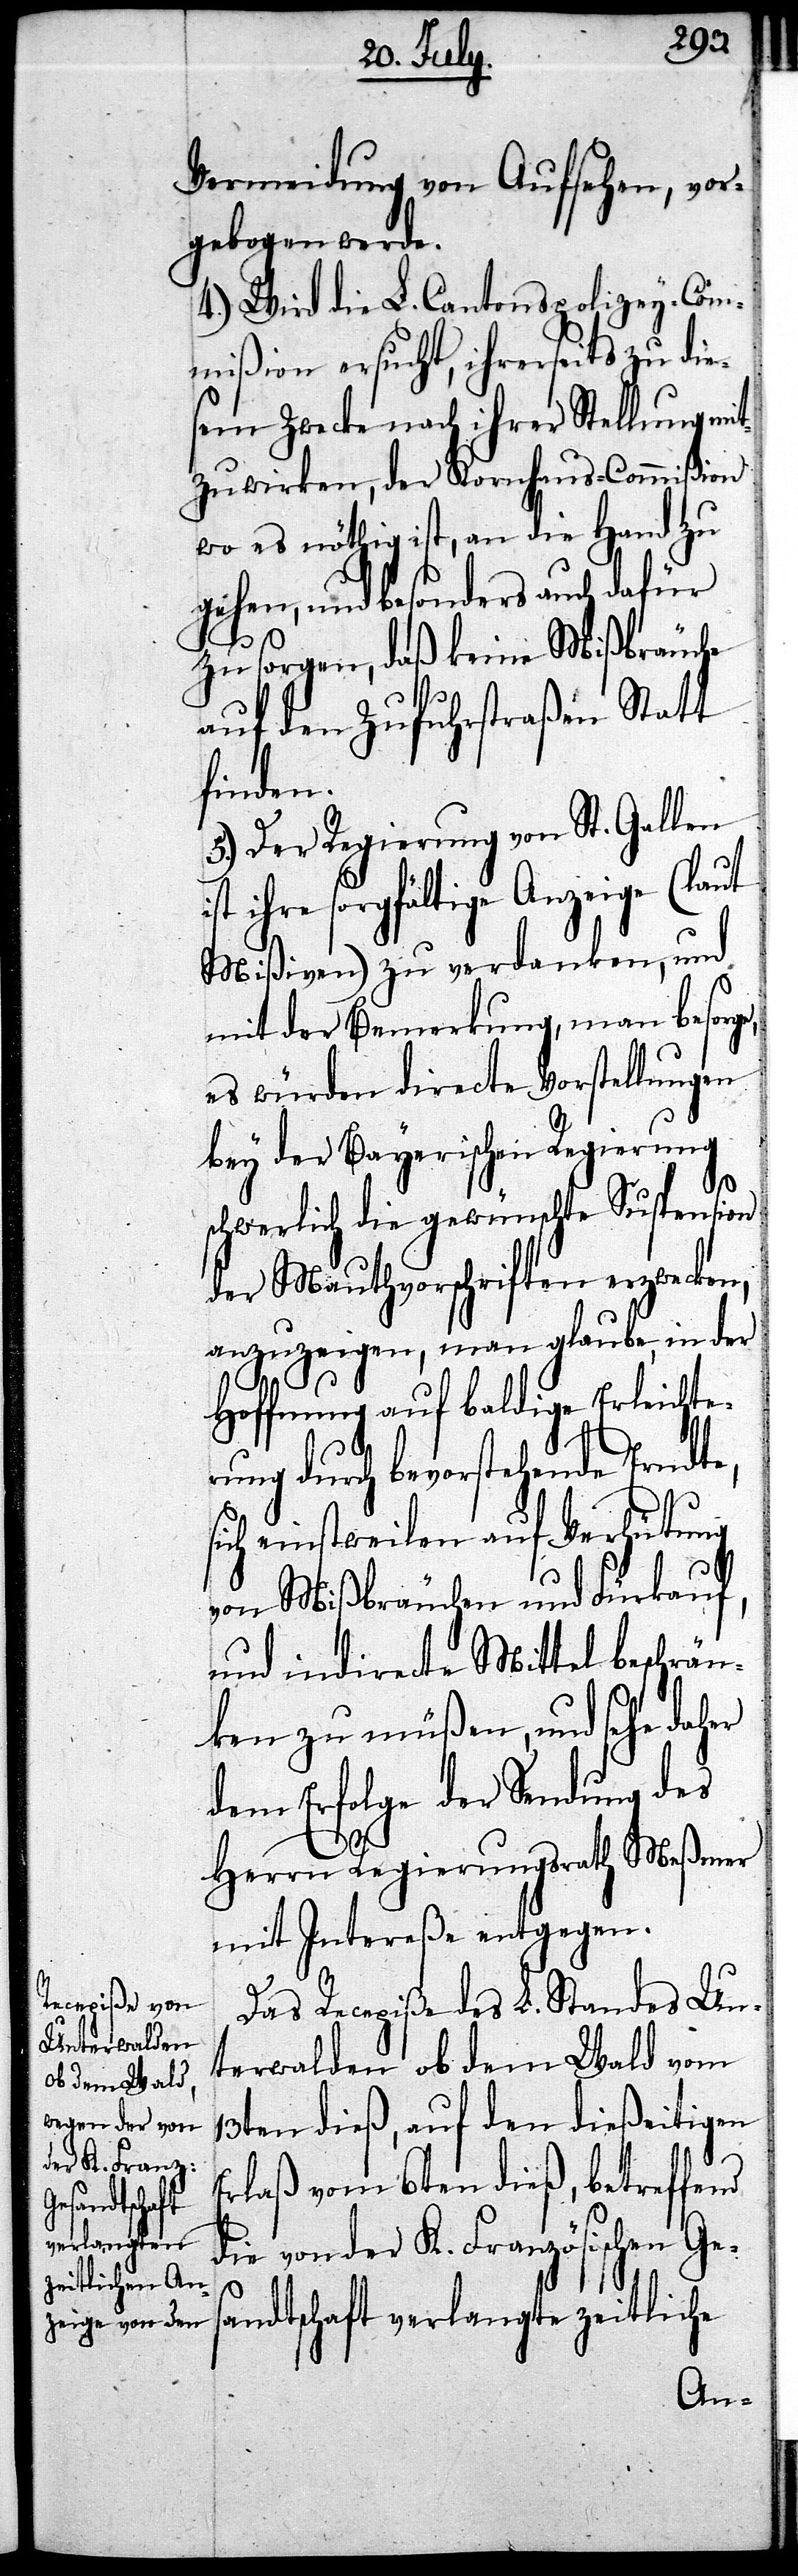
Vermeidung von Aufsehen, vor¬
gebogen werde.
4.) Wird die L. Cantonspolizey-Com¬
mißion ersucht, ihrerseits zu die¬
sem Zwecke nach ihrer Stellung mit¬
zuwirken, der Kornhaus-Commißion
wo es nöthig ist, an die Hand zu
gehen, und besonders auch dafür
zu sorgen, daß keine Mißbräuche
auf den Zufuhrstraßen Statt
finden.
5.) Der Regierung von St. Gallen
ihre sorgfältige Anzeige (laut
Mißiven) zu verdanken, und
mit der Bemerkung, man besorg¬
es würden directe Vorstellungen
bey der Bayerischen Regierung
s¬
schwerlich die gewünschte Suspension
der Mauthvorschriften erzwecken,
anzuzeigen, man glaube, in der
Hoffnung auf baldige Erleichte¬
rung durch bevorstehende Erndte,
ich einstweilen auf Verhütung
von Mißbräuchen und Fürkauf,
und indirecte Mittel beschrän¬
ken zu müßen, und sehe daher
dem Erfolge der Sendung des
Herrn Regierungsrath Meßmer
mit Intereße entgegen.
Das Recepiße des L. Standes Un¬
terwalden ob dem Wald vom
13ten dieß, auf den dießeitigen
Erlaß vom 6ten dieß, betreffend
die von der K. Französischen Ge¬
sandtschaft verlangte zeitliche